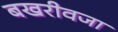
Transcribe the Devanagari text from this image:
बखरीवजा